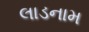
લાડનામ